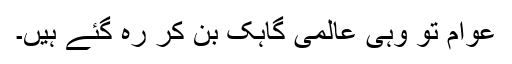
عوام تو وہی عالمی گاہک بن کر رہ گئے ہیں۔